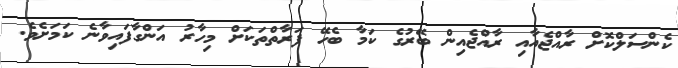
ކެންސަލްކޮށް ރާއްޖެއާއި ރާއްޖެއިން ބޭރުގެ ކަމާ ބެހޭ ފަރާތްތަކަށް މިހާރު އަންގާފައިވާނެ ކަަމަށެވެ.